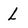
Character: l